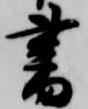
書